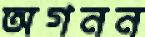
অগনন